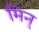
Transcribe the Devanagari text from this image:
मिन्‌